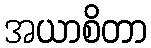
အယာစိတာ